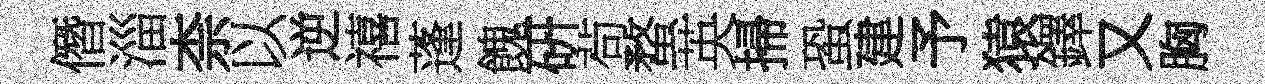
僭淄柰以逆禧蓬餽硏茍蝥英掃蛩建予猿鐸又胸